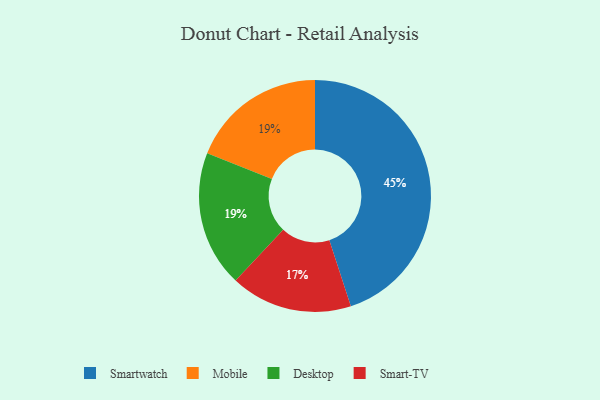
{"axis": {"x": "Category", "y": "Percentage"}, "legend": ["Desktop", "Mobile", "Smart-TV", "Smartwatch"], "data": [{"x": "Smartwatch", "y": 45, "type": "Smartwatch"}, {"x": "Mobile", "y": 19, "type": "Mobile"}, {"x": "Smart-TV", "y": 17, "type": "Smart-TV"}, {"x": "Desktop", "y": 19, "type": "Desktop"}]}